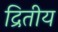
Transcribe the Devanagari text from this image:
द्रितीय